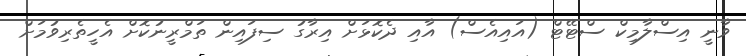
ވާނީ އިސްލާމިކް ސްޓޭޓް (އައިއެސް) އާއި ދެކޮޅަށް އިރާގު ސިފައިން ތަމްރީނުކޮށް އެހީތެރިވުމަށް